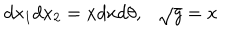
LaTeX: d x _ { 1 } d x _ { 2 } = x d x d \theta , \ \ \ \sqrt { g } = x